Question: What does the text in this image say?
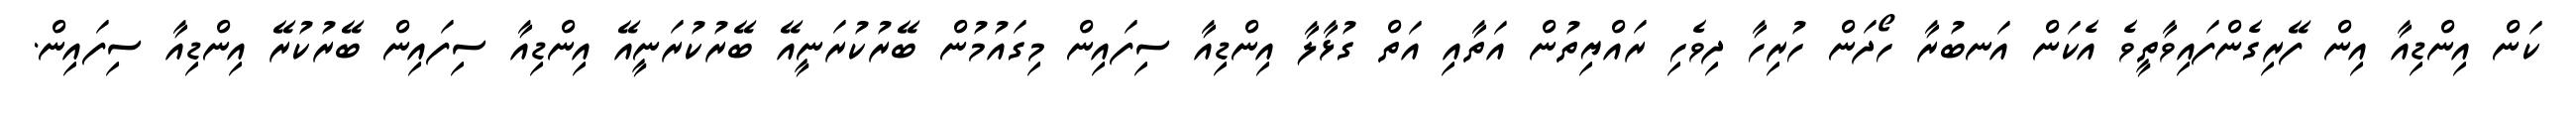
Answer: ކަން އިންޑިއާ އިން ފޭރިގެންފައިވާތީވެ އެކަން އަނބުރާ ހޯދަން ހުރިހާ ދިވެހި ރައްޔިތުން އަތާއި އަތް ގުޅާލާ އިންޑިއާ ސިފައިން މިގައުމުން ބޭރުކުރަނީއޭ ބޭރުކުރަނީއޭ އިންޑިއާ ސިފައިން ބޭރުކުރޭ އިންޑިއާ ސިފައިން.